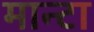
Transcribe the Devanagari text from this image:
मान्टा